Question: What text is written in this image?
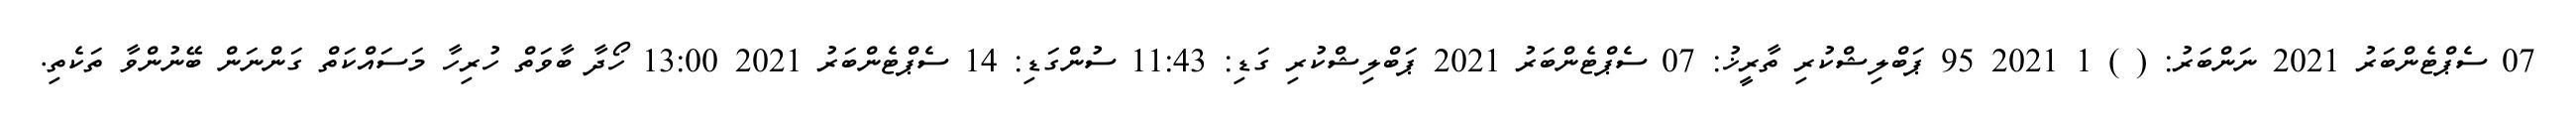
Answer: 07 ސެޕްޓެންބަރު 2021 ނަންބަރު: ( ) 1 2021 95 ޕަބްލިޝްކުރި ތާރީޚު: 07 ސެޕްޓެންބަރު 2021 ޕަބްލިޝްކުރި ގަޑި: 11:43 ސުންގަޑި: 14 ސެޕްޓެންބަރު 2021 13:00 ހޯދާ ބާވަތް ހުރިހާ މަސައްކަތް ގަންނަން ބޭނުންވާ ތަކެތި.